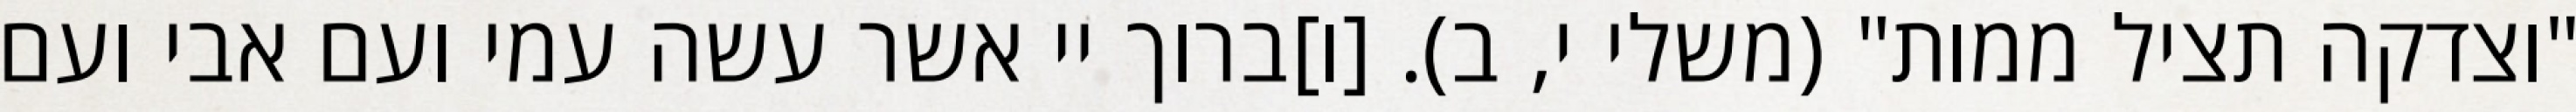
"וצדקה תציל ממות" (משלי י, ב). [ו]ברוך יי אשר עשה עמי ועם אבי ועם